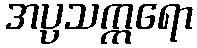
အပ္ပသက္ကရော